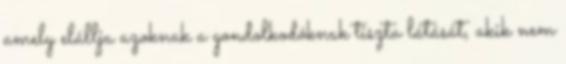
amely elállja azoknak a gondolkodóknak tiszta látását, akik nem